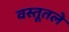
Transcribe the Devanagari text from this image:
वस्तूतले